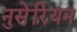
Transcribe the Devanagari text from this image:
नुसेरियन